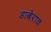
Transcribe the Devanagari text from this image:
डाबेराव